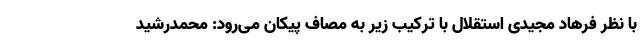
با نظر فرهاد مجیدی استقلال با ترکیب زیر به مصاف پیکان می‌رود: محمدرشید